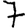
Digit: 7